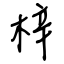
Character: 梓